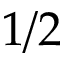
1 / 2